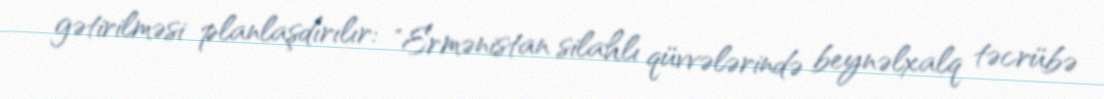
gətirilməsi planlaşdırılır: "Ermənistan silahlı qüvvələrində beynəlxalq təcrübə